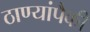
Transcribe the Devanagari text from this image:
ठाण्यांपैकी